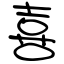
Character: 喜